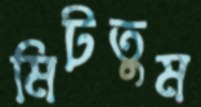
মিটতুম